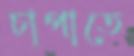
চাপাতে